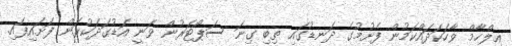
އިލްހާމް ވާހަކަދައްކަމުން ފެށުމުގެ ދަނޑުގައި ތިބި ގިނަ ސަޕޯޓަރުން ވަނީ އަޑުގަދަކުރަން ފަށައިފައި.